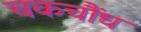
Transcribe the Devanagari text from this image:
चकचौंध